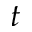
t